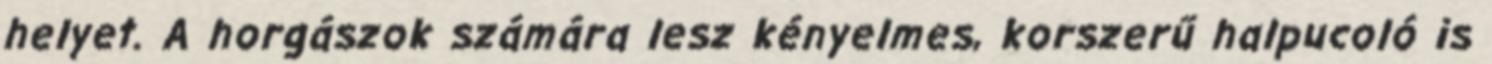
helyet. A horgászok számára lesz kényelmes, korszerű halpucoló is